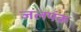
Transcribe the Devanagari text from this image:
जलपंक